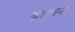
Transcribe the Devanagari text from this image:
कशचमी